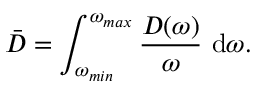
\bar { D } = \int _ { \omega _ { m i n } } ^ { \omega _ { m a x } } \frac { D ( \omega ) } { \omega } ~ \mathrm { d } \omega .